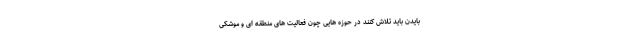
بایدن باید تلاش کنند در حوزه هایی چون فعالیت های منطقه ای و موشکی